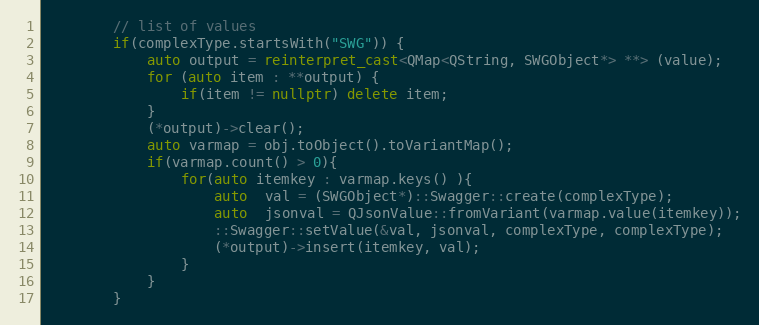
Language: C++
        // list of values
        if(complexType.startsWith("SWG")) {
            auto output = reinterpret_cast<QMap<QString, SWGObject*> **> (value);
            for (auto item : **output) {
                if(item != nullptr) delete item;
            }
            (*output)->clear();
            auto varmap = obj.toObject().toVariantMap();
            if(varmap.count() > 0){
                for(auto itemkey : varmap.keys() ){
                    auto  val = (SWGObject*)::Swagger::create(complexType);
                    auto  jsonval = QJsonValue::fromVariant(varmap.value(itemkey));
                    ::Swagger::setValue(&val, jsonval, complexType, complexType);
                    (*output)->insert(itemkey, val);
                }
            }
        }